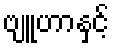
ဗျူဟာနှင့်